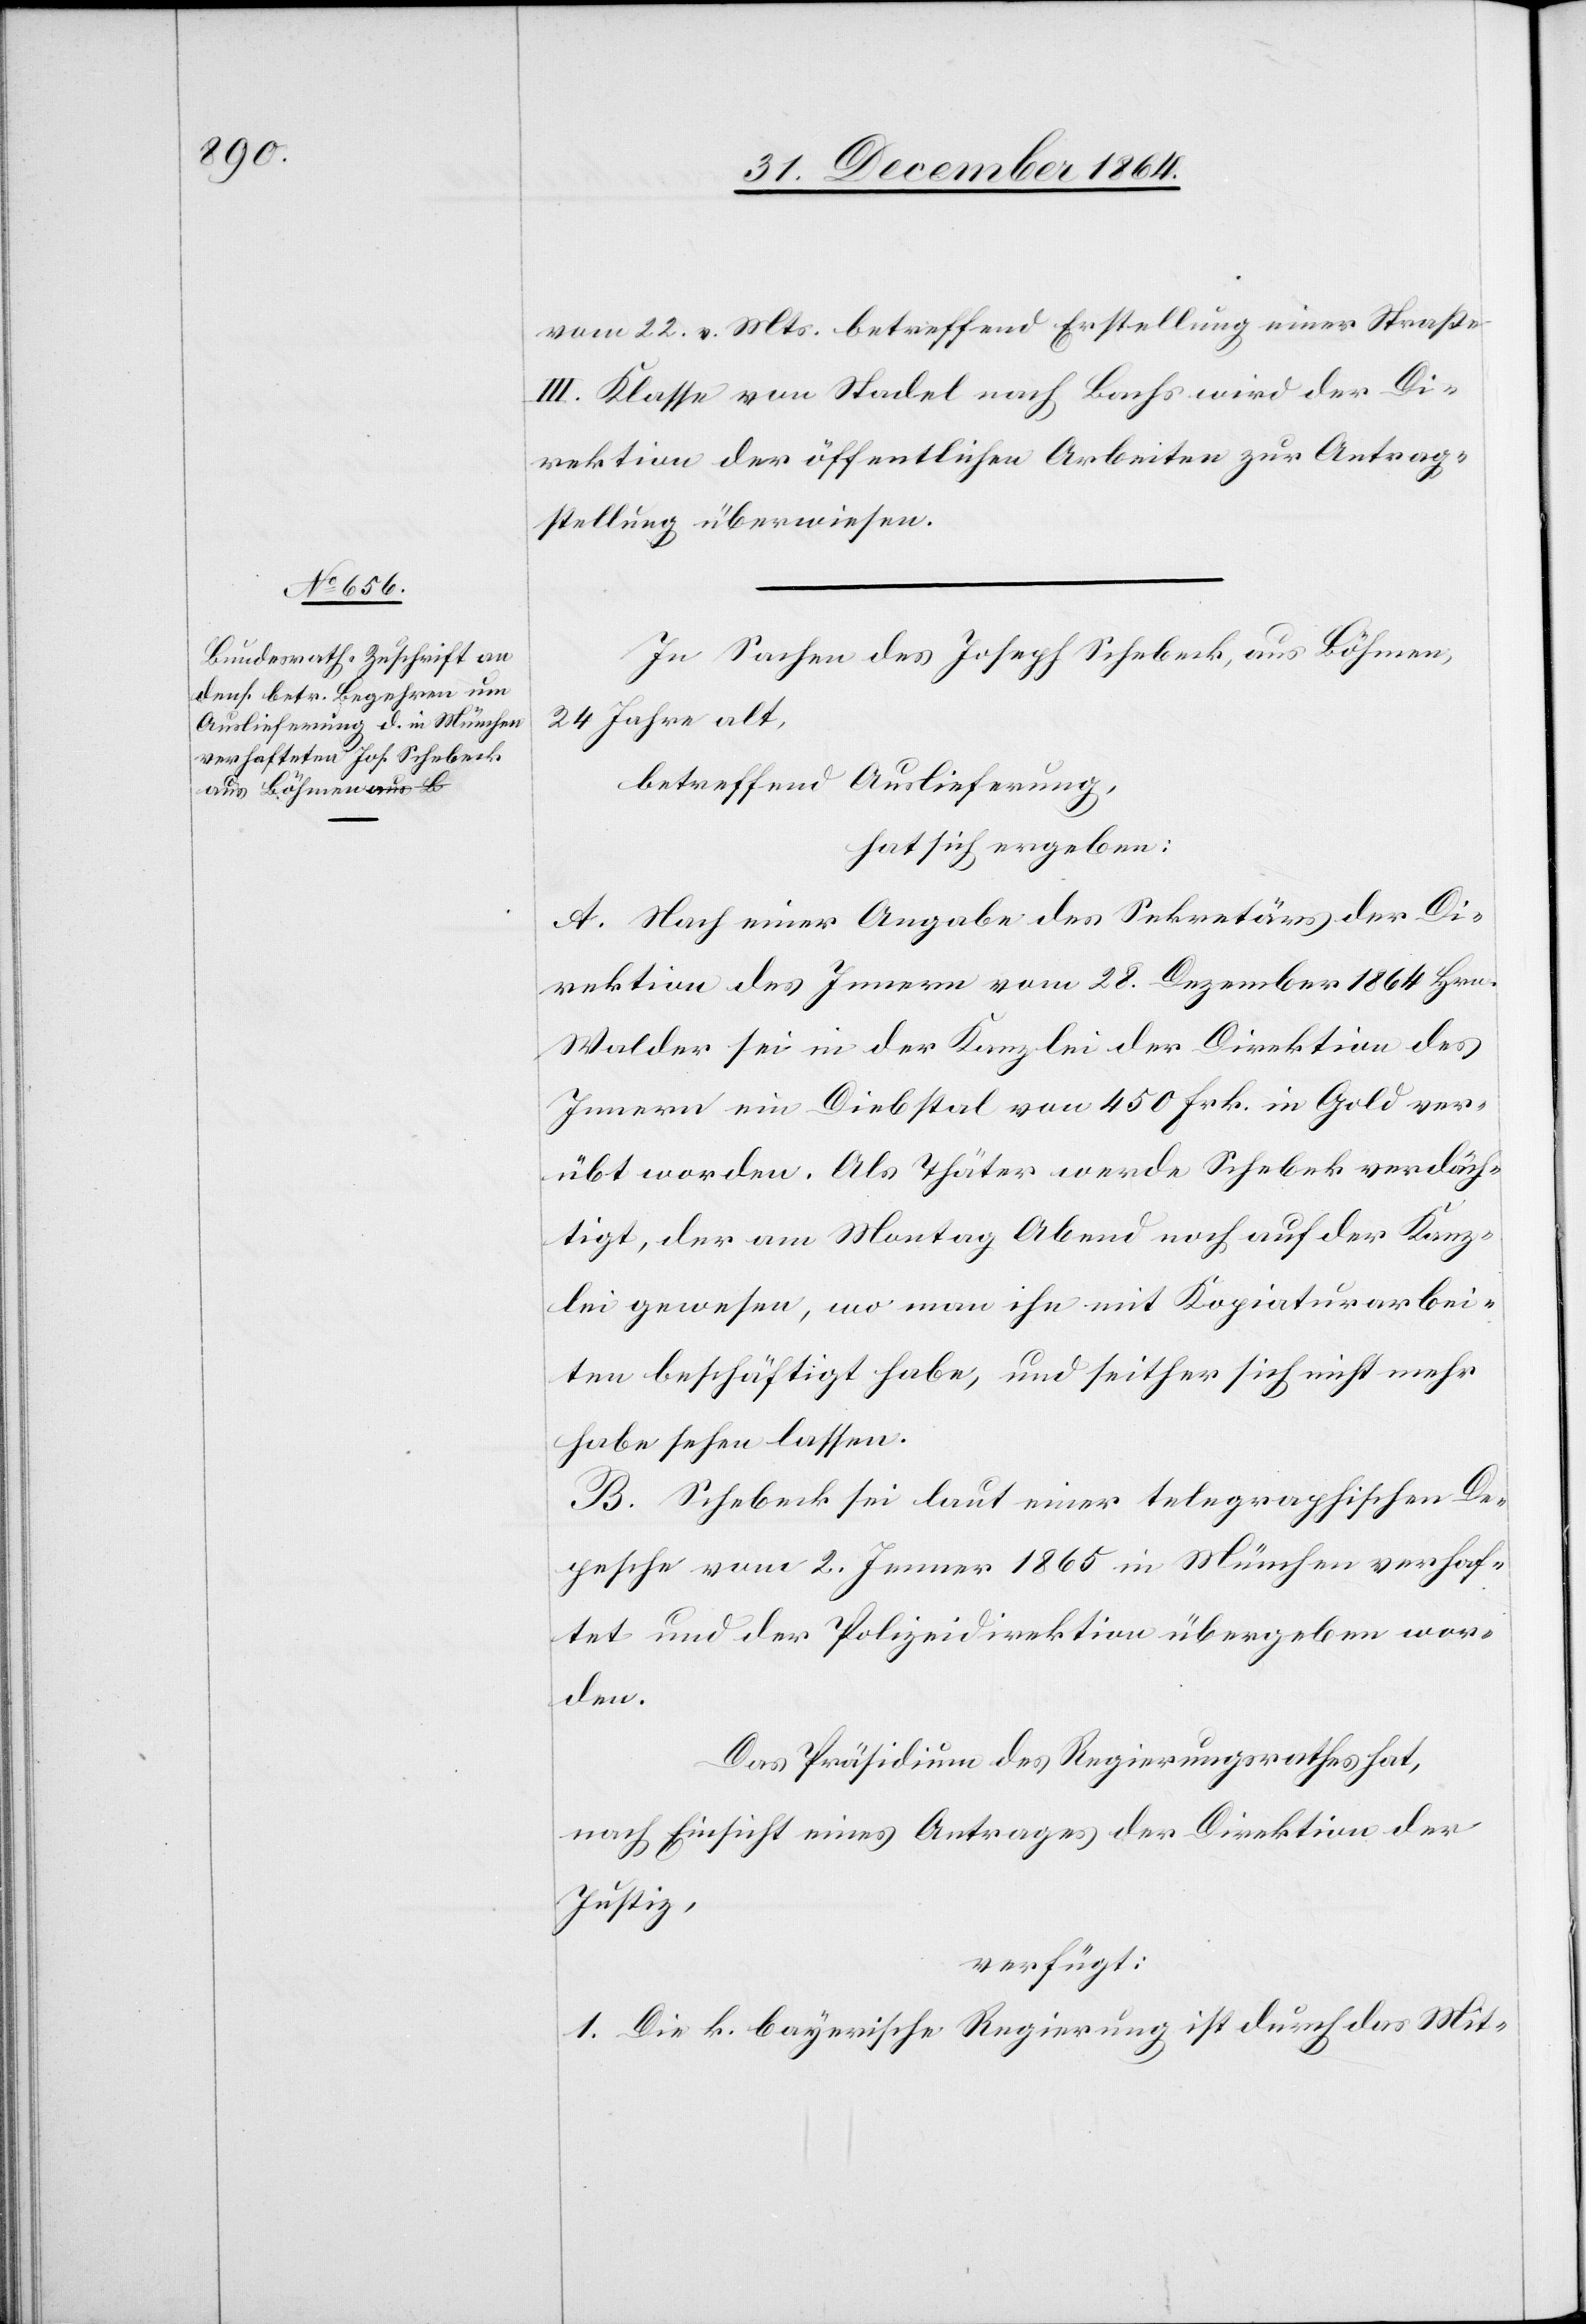
vom 22. v. Mts. betreffend Erstellung einer Straße
III. Klasse von Stadel nach Bachs wird der Di¬
rektion der öffentlichen Arbeiten zur Antrag¬
stellung überwiesen.
In Sachen des Joseph Schebeck, aus Böhmen,
24 Jahre alt,
betreffend Auslieferung,
hat sich ergeben:
A. Nach einer Angabe des Sekretärs der Di¬
rektion des Innern vom 28. Dezember 1864 Hrn.
Walder sei in der Kanzlei der Direktion des
Innern ein Diebstal von 450 Frk. in Gold ver¬
übt worden. Als Thäter werde Schebek [sic!] verdäch¬
tigt, der am Montag Abend noch auf der Kanz¬
lei gewesen, wo man ihn mit Kopiaturarbei¬
ten beschäftigt habe, und seither sich nicht mehr
habe sehen lassen.
B. Schebeck sei laut einer telegraphischen De¬
pesche vom 2. Januar 1865 in München verhaf¬
tet und der Polizeidirektion übergeben wor¬
den.
Das Präsidium des Regierungsrathes hat,
nach Einsicht eines Antrages der Direktion der
Justiz,
verfügt:
1. Die k. bayerische Regierung ist durch das Mit-